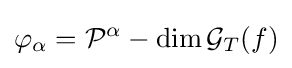
\varphi _{\alpha }={\mathcal {P}}^{\alpha }-\dim {\mathcal {G}}_{T}(f)